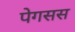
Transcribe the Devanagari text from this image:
पेगसस